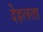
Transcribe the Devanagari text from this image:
देहलता